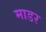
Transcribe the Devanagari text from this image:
माडर